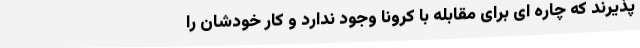
پذیرند که چاره ای برای مقابله با کرونا وجود ندارد و کار خودشان را